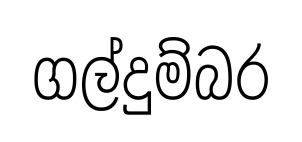
ගල්දුම්බර